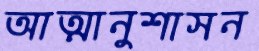
আত্মানুশাসন